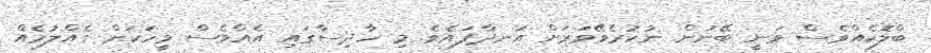
ބްލޮކެއްވެސް ވަނީ ބޭނުން ނުކުރެވޭވަރަށް އަނދާފައެވެ. މި ހާދިސާގައި އެއްވެސް މީހަކަށް ގެއްލުމެއް